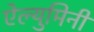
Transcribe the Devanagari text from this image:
ऐल्युमिनी